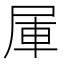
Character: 𰍹